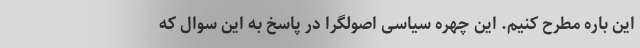
این باره مطرح کنیم. این چهره سیاسی اصولگرا در پاسخ به این سوال که